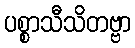
ပစ္စာသီသိတဗ္ဗာ